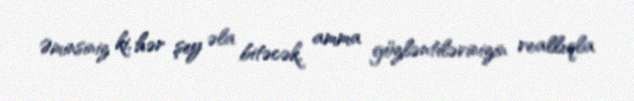
Əminsiniz ki, hər şey əla bitəcək, amma gözləntilərinizin reallıqla